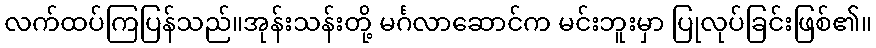
လက်ထပ်ကြပြန်သည်။အုန်းသန်းတို့ မင်္ဂလာဆောင်က မင်းဘူးမှာ ပြုလုပ်ခြင်းဖြစ်၏။